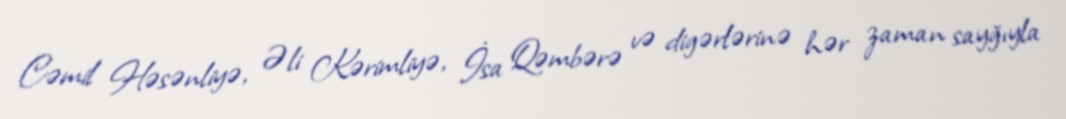
Cəmil Həsənliyə, Əli Kərimliyə, İsa Qəmbərə və digərlərinə hər zaman sayğıyla